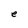
Character: e